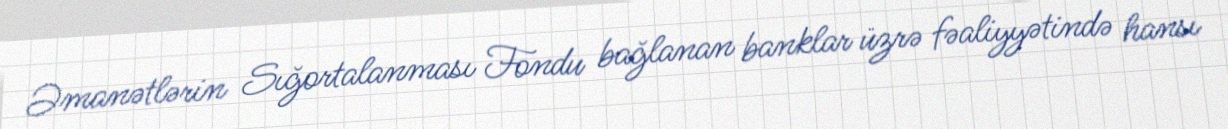
Əmanətlərin Sığortalanması Fondu bağlanan banklar üzrə fəaliyyətində hansı